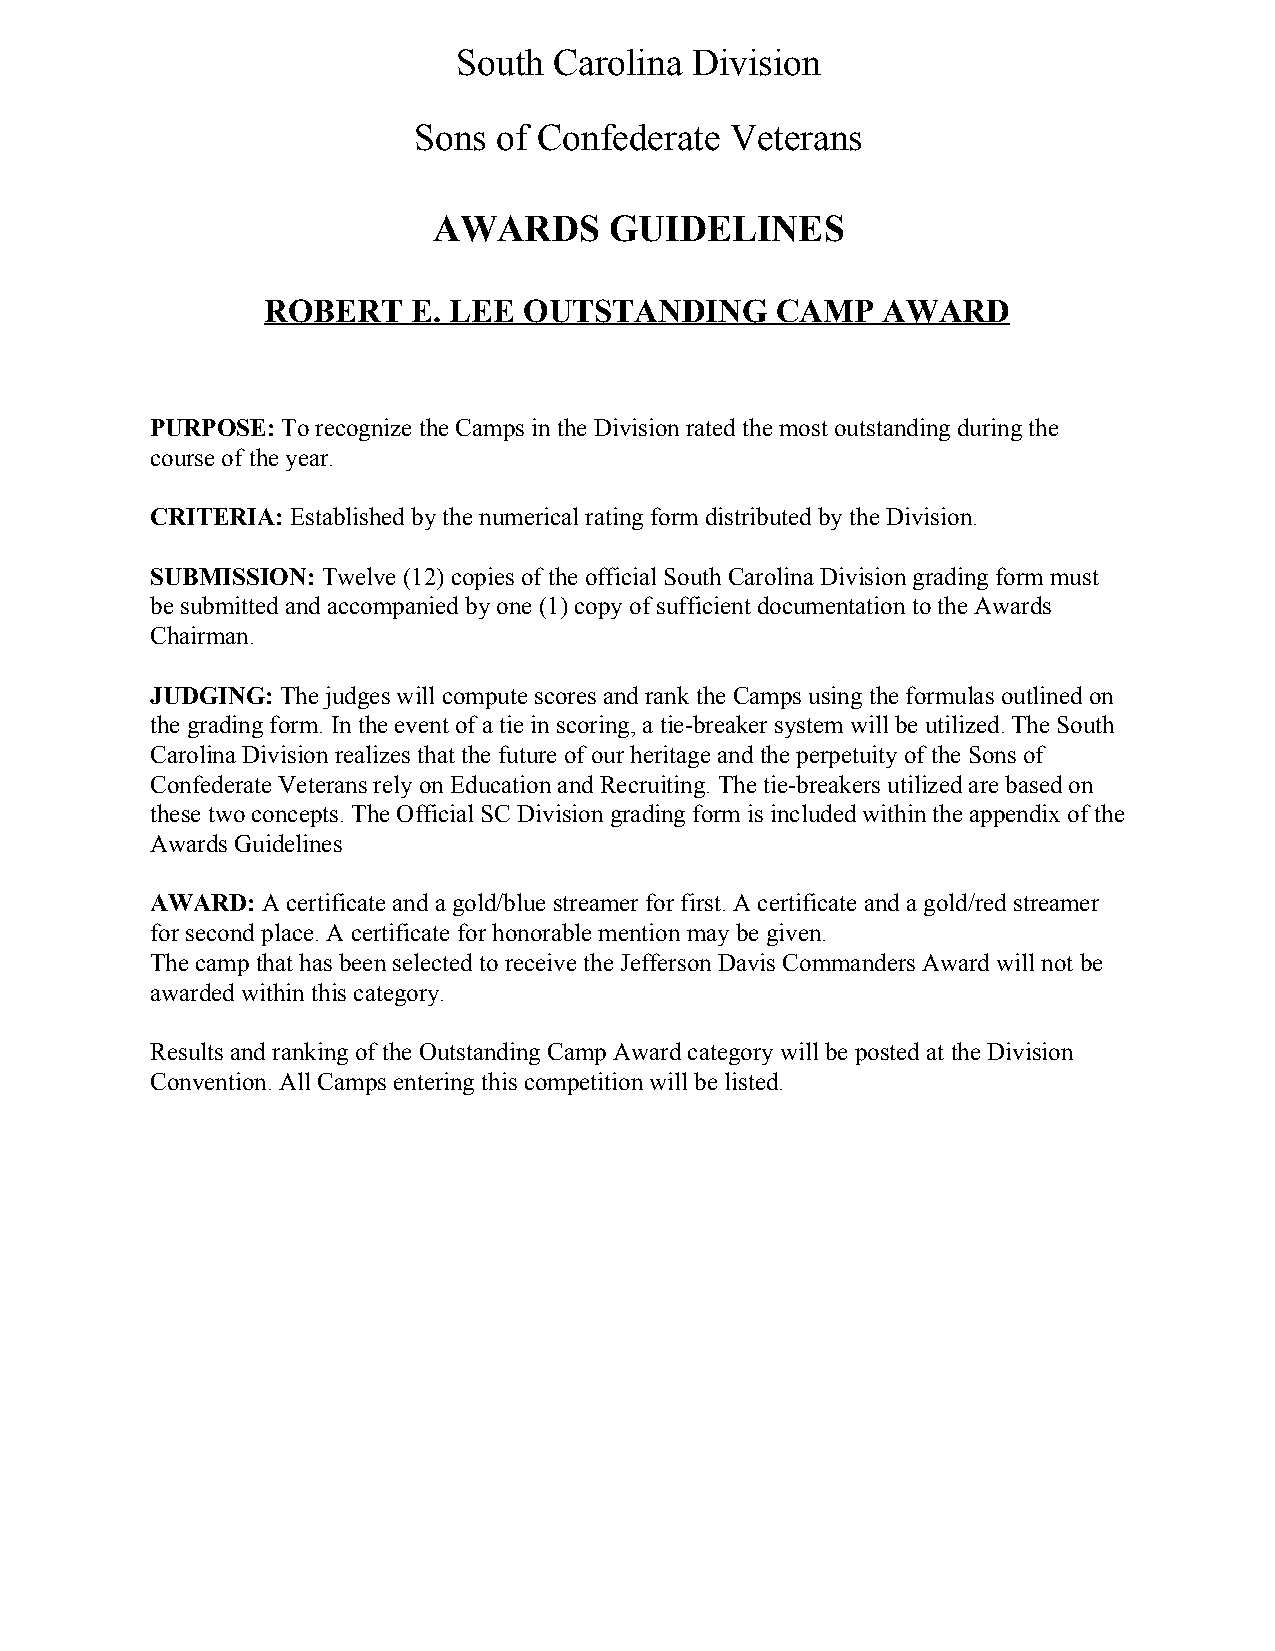
South  Carolina Division
 Sons  of Confederate Veterans
 AWARDS     GUIDELINES
 ROBERT    E. LEE  OUTSTANDING     CAMP   AWARD
 PURPOSE: To recognize the Camps in the Division rated the most outstanding during the
 ​
 course of the year.
 CRITERIA: Established by the numerical rating form distributed by the Division.
 ​
 SUBMISSION: Twelve (12) copies of the official South Carolina Division grading form must
 ​
 be submitted and accompanied by one (1) copy of sufficient documentation to the Awards
 Chairman.
 JUDGING: The judges will compute scores and rank the Camps using the formulas outlined on
 ​
 the grading form. In the event of a tie in scoring, a tie­breaker system will be utilized. The South
 ​​
 Carolina Division realizes that the future of our heritage and the perpetuity of the Sons of
 Confederate Veterans rely on Education and Recruiting. The tie­breakers utilized are based on
 these two concepts. The Official SC Division grading form is included within the appendix of the
 Awards Guidelines
 AWARD: A certificate and a gold/blue streamer for first. A certificate and a gold/red streamer
 ​
 for second place. A certificate for honorable mention may be given.
 The camp that has been selected to receive the Jefferson Davis Commanders Award will not be
 awarded within this category.
 Results and ranking of the Outstanding Camp Award category will be posted at the Division
 Convention. All Camps entering this competition will be listed.